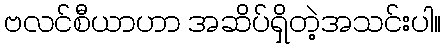
ဗလင်စီယာဟာ အဆိပ်ရှိတဲ့အသင်းပါ။